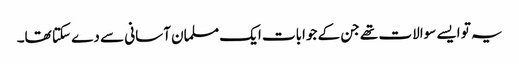
یہ تو ایسے سوالات تھے جن کے جوابات ایک مسلمان آسانی سے دے سکتا تھا۔